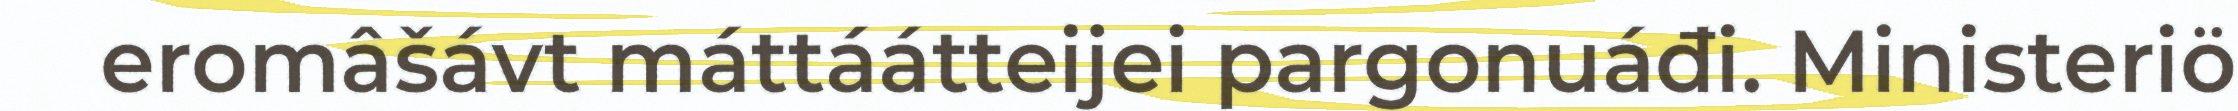
eromâšávt máttáátteijei pargonuáđi. Ministeriö